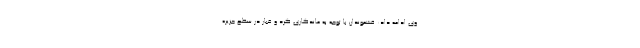
وی ادامه داد: قشموندان با توجه به ماندگاری گرد و غبار در سطح جزیره